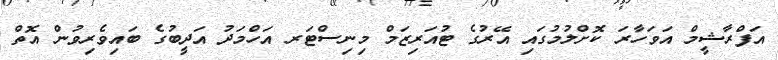
އަފްރާޝީމް އަވަހާރަ ކޮށްލުމުގައި އޭރުގެ ޓުއަރިޒަމް މިނިސްޓަރ އަހްމަދު އަދީބުގެ ބައިވެރިވުން އޮތް